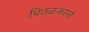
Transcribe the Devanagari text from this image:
चितळकरांनी